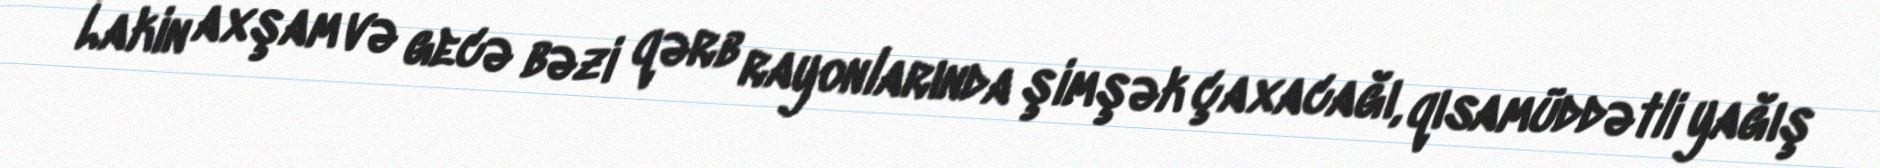
Lakin axşam və gecə bəzi qərb rayonlarında şimşək çaxacağı, qısamüddətli yağış